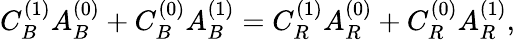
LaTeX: C_{B}^{(1)}A_{B}^{(0)}+C_{B}^{(0)}A_{B}^{(1)}=C_{R}^{(1)}A_{R}^{(0)}+C_{R}^{(0)}A_{R}^{(1)},